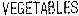
VEGETABLES